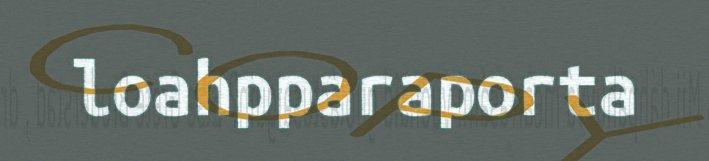
loahpparaporta